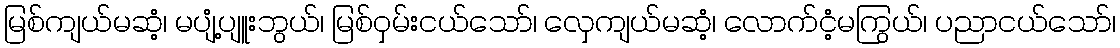
မြစ်ကျယ်မဆံ့၊ မပျံ့ပျူးဘွယ်၊ မြစ်ဝှမ်းငယ်သော်၊ လှေကျယ်မဆံ့၊ လောက်ငံ့မကြွယ်၊ ပညာငယ်သော်၊